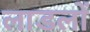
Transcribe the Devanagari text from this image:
लाडलों